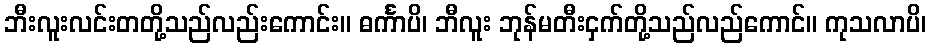
ဘီးလူးလင်းတတို့သည်လည်းကောင်း။ ဓင်္ကာပိ၊ ဘီလူး ဘုန်မတီးငှက်တို့သည်လည်ကောင်။ ကုသလာပိ၊